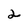
Character: 2